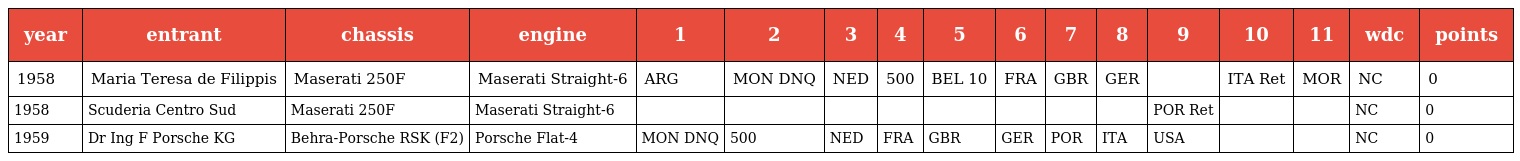
| year | entrant | chassis | engine | 1 | 2 | 3 | 4 | 5 | 6 | 7 | 8 | 9 | 10 | 11 | wdc | points |
 | --- | --- | --- | --- | --- | --- | --- | --- | --- | --- | --- | --- | --- | --- | --- | --- | --- |
 | 1958 | Maria Teresa de Filippis | Maserati 250F | Maserati Straight-6 | ARG | MON DNQ | NED | 500 | BEL 10 | FRA | GBR | GER |  | ITA Ret | MOR | NC | 0 |
 | 1958 | Scuderia Centro Sud | Maserati 250F | Maserati Straight-6 |  |  |  |  |  |  |  |  | POR Ret |  |  | NC | 0 |
 | 1959 | Dr Ing F Porsche KG | Behra-Porsche RSK (F2) | Porsche Flat-4 | MON DNQ | 500 | NED | FRA | GBR | GER | POR | ITA | USA |  |  | NC | 0 |